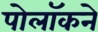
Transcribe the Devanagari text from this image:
पोलॉकने